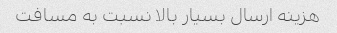
هزینه ارسال بسیار بالا نسبت به مسافت